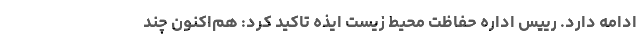
ادامه دارد. رییس اداره حفاظت محیط زیست ایذه تاکید کرد: هم‌اکنون چند